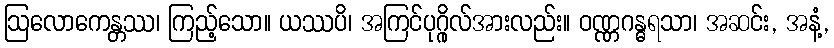
ဩလောကေန္တဿ၊ ကြည့်သော။ ယဿပိ၊ အကြင်ပုဂ္ဂိုလ်အားလည်း။ ဝဏ္ဏဂန္ဓရသာ၊ အဆင်း, အနံ့,